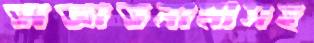
অজ্ঞাতনামাসহ